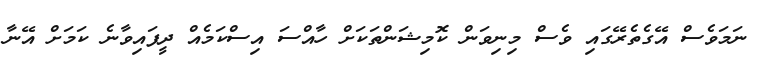
ނަމަވެސް އޭގެތެރޭގައި ވެސް މިނިވަން ކޮމިޝަންތަކަށް ހާއްސަ އިސްކަމެއް ދީފައިވާނެ ކަމަށް އޭނާ